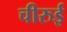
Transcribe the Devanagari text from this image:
चीरुई